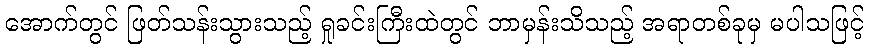
အောက်တွင် ဖြတ်သန်းသွားသည့် ရှုခင်းကြီးထဲတွင် ဘာမှန်းသိသည့် အရာတစ်ခုမှ မပါသဖြင့်